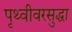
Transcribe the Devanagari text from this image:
पृथ्वीवरसुद्धा